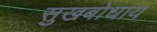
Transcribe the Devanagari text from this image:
सुखबोधाय